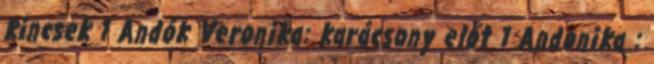
kincsek 1 Andók Veronika: karácsony előt 1 Andonika :